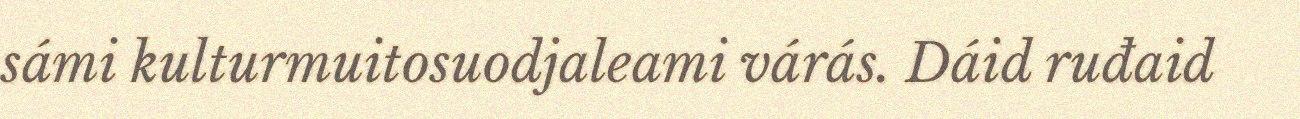
sámi kulturmuitosuodjaleami várás. Dáid ruđaid